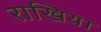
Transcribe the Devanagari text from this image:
राखिया